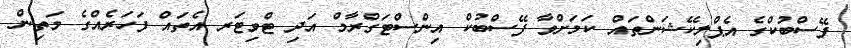
ފޭސްބުކްގެ އެޕްލިކޭޝަންތައް ކަމަށްވާ ފޭސްބުކް އިންސްޓަގްރާމް އަދި ޓްވިޓަރ އެތައް ފަހަރެއްގެ މަތިން